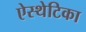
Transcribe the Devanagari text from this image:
ऐस्थेटिका